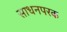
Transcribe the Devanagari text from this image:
साधनपरक